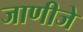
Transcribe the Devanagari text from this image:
जाणीजे